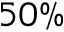
5 0 \%